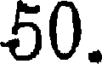
50.